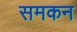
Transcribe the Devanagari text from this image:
समकन